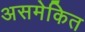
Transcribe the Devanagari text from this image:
असमेकित